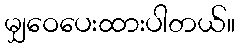
မျှဝေပေးထားပါတယ်။